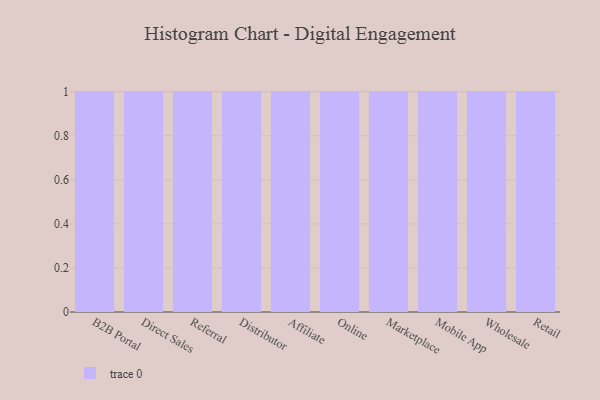
{"axis": {"x": "Channel", "y": "Tickets Resolved"}, "legend": [""], "data": [{"x": "B2B Portal", "y": 96, "type": ""}, {"x": "Direct Sales", "y": 58, "type": ""}, {"x": "Referral", "y": 13, "type": ""}, {"x": "Distributor", "y": 84, "type": ""}, {"x": "Affiliate", "y": 50, "type": ""}, {"x": "Online", "y": 65, "type": ""}, {"x": "Marketplace", "y": 2, "type": ""}, {"x": "Mobile App", "y": 32, "type": ""}, {"x": "Wholesale", "y": 13, "type": ""}, {"x": "Retail", "y": 47, "type": ""}]}